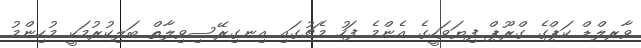
ވާރލްޑް ކަޕްގެ ގްރޫޕް ފިޔަވަހީގެ އެންމެ ފަހު މެޗުގައި އިނގިރޭސިވިލާތް ބަލިކުރުމަކީ މުހިންމު